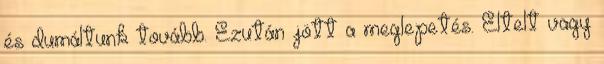
és dumáltunk tovább. Ezután jött a meglepetés. Eltelt vagy